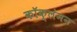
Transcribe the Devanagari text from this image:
कॉक्लेमन